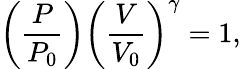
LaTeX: \left({\frac{P}{P_{0}}}\right)\left({\frac{V}{V_{0}}}\right)^{\gamma}=1,